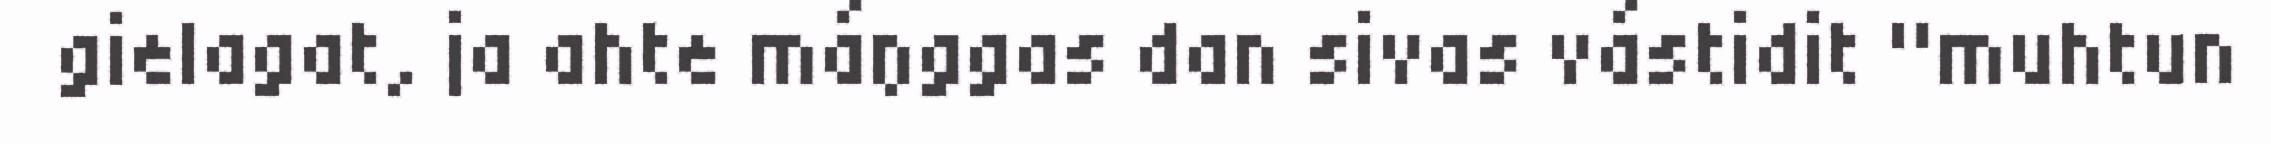
gielagat, ja ahte máŋggas dan sivas vástidit "muhtun